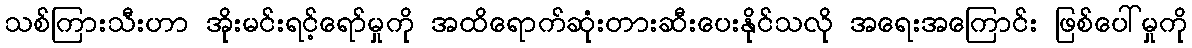
သစ်ကြားသီးဟာ အိုးမင်းရင့်ရော်မှုကို အထိရောက်ဆုံးတားဆီးပေးနိုင်သလို အရေးအကြောင်း ဖြစ်ပေါ်မှုကို